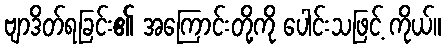
ဗျာဒိတ်ရခြင်း၏ အကြောင်းတို့ကို ပေါင်းသဖြင့် ကိုယ်။